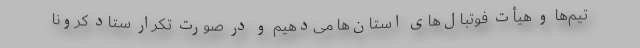
تیم‌ها و هیأت فوتبال‌های استان‌ها می‌دهیم و در صورت تکرار ستاد کرونا